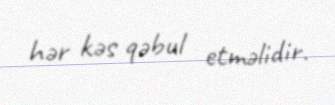
hər kəs qəbul etməlidir.